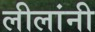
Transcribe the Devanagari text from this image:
लीलांनी